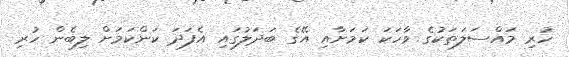
ހުރި މައްސަލަތަކުގެ ވާހަކަ ކަމަށާއި އޭގެ ބަދަލުގައި އެފަދަ ކަންކަމަށް ލިބެން ހުރި